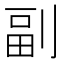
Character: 副